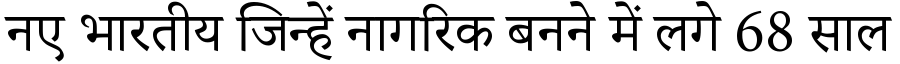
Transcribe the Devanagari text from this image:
नए भारतीय जिन्हें नागरिक बनने में लगे 68 साल